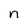
Character: n